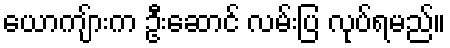
ယောကျ်ားက ဦးဆောင် လမ်းပြ လုပ်ရမည်။